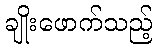
ချိုးဖောက်သည့်